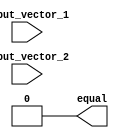
module parallel_comparator (
  input [3:0] input_vector_1,
  input [3:0] input_vector_2,
  output equal
);

wire [1:0] stage_1_out;
wire [1:0] stage_2_out;
wire [1:0] stage_3_out;
wire equal_internal;

assign stage_1_out = input_vector_1[3:2] == input_vector_2[3:2];
assign stage_2_out = stage_1_out[1] & (input_vector_1[1] == input_vector_2[1]);
assign stage_3_out = stage_2_out[1] & (input_vector_1[0] == input_vector_2[0]);
assign equal_internal = stage_3_out[1];

assign equal = equal_internal;

endmodule